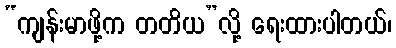
“ကျန်းမာဖို့က တတိယ”လို့ ရေးထားပါတယ်၊